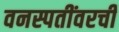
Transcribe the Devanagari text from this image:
वनस्पतींवरची